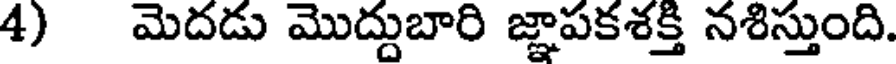
4) మెదడు మొద్దుబారి జ్ఞాపకశక్తి నశిస్తుంది.